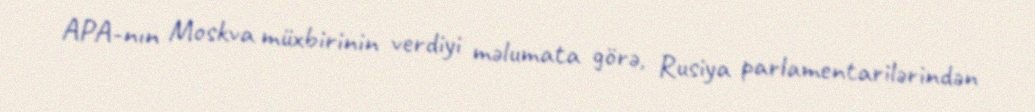
APA-nın Moskva müxbirinin verdiyi məlumata görə, Rusiya parlamentarilərindən